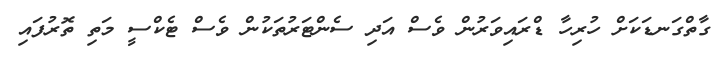
ގާތްގަނޑަކަށް ހުރިހާ ޑްރައިވަރުން ވެސް އަދި ސެންޓަރުތަކުން ވެސް ޓެކްސީ މަތި ތޮރުފައި